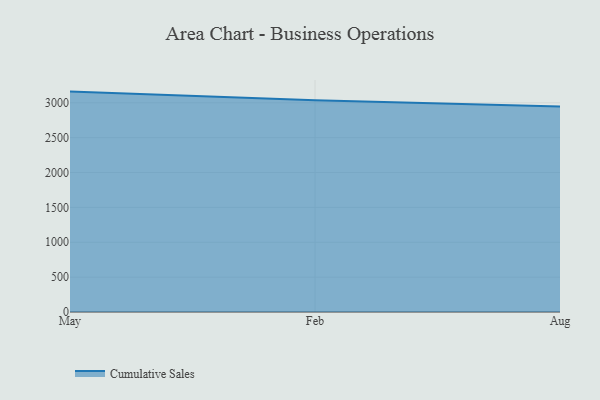
{"axis": {"x": "Month", "y": "Backlog"}, "legend": ["Cumulative Sales"], "data": [{"x": "May", "y": 3160.6, "type": "Cumulative Sales"}, {"x": "Feb", "y": 3038.0, "type": "Cumulative Sales"}, {"x": "Aug", "y": 2946.6, "type": "Cumulative Sales"}]}